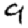
Digit: 9